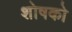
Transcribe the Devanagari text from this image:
शोषको